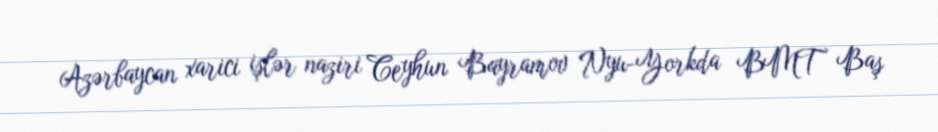
Azərbaycan xarici işlər naziri Ceyhun Bayramov Nyu-Yorkda BMT Baş